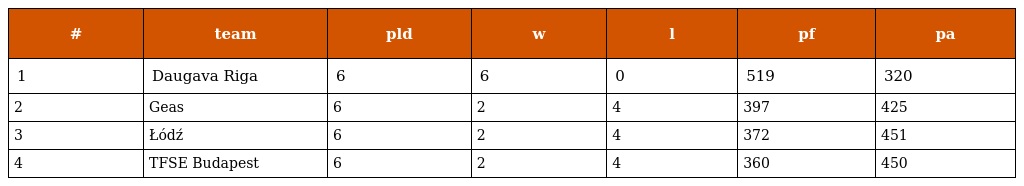
| # | team | pld | w | l | pf | pa |
 | --- | --- | --- | --- | --- | --- | --- |
 | 1 | Daugava Riga | 6 | 6 | 0 | 519 | 320 |
 | 2 | Geas | 6 | 2 | 4 | 397 | 425 |
 | 3 | Łódź | 6 | 2 | 4 | 372 | 451 |
 | 4 | TFSE Budapest | 6 | 2 | 4 | 360 | 450 |